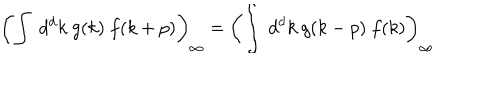
LaTeX: \left( \int \ d ^ { d } k \ g ( k ) \ f ( k + p ) \right) _ { \infty } = \left( \int \ d ^ { d } k \ g ( k - p ) \ f ( k ) \right) _ { \infty }